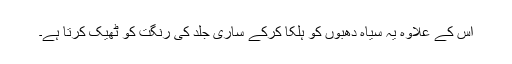
اس کے علاوہ یہ سیاہ دھبوں کو ہلکا کرکے ساری جلد کی رنگت کو ٹھیک کرتا ہے۔